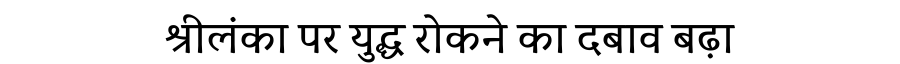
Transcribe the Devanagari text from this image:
श्रीलंका पर युद्ध रोकने का दबाव बढ़ा